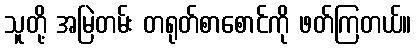
သူတို့ အမြဲတမ်း တရုတ်စာစောင်ကို ဖတ်ကြတယ်။